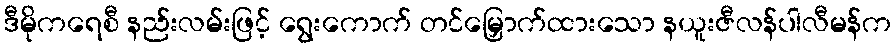
ဒီမိုကရေစီ နည်းလမ်းဖြင့် ရွေးကောက် တင်မြှောက်ထားသော နယူးဇီလန်ပါလီမန်က